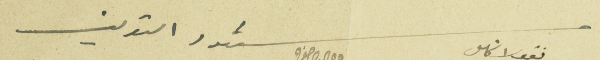
شهود التعريف